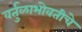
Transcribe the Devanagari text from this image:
वर्तुळाभोवतीचे